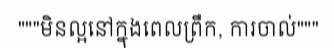
"""មិនល្អនៅក្នុងពេលព្រឹក, ការចាល់"""